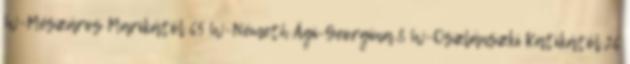
W-Mészáros Marikától 65 W-Németh Ági-Georgina 8 W-Oszlánszki Katikától 26